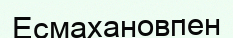
Есмахановпен